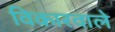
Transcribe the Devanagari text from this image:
विकारवाले